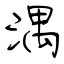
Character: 湡